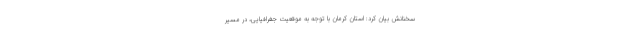
سخنانش بیان کرد: استان کرمان با توجه به موقعیت جغرافیایی، در مسیر